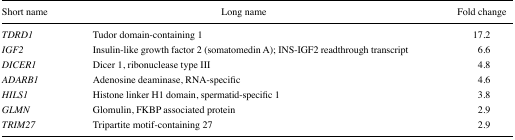
<table><thead><tr><td><b>Short name</b></td><td><b>Long name</b></td><td><b>Fold change</b></td></tr></thead><tbody><tr><td><i>TDRD1</i></td><td>Tudor domain-containing 1</td><td>17.2</td></tr><tr><td><i>IGF2</i></td><td>Insulin-like growth factor 2 (somatomedin A); INS-IGF2 readthrough transcript</td><td>6.6</td></tr><tr><td><i>DICER1</i></td><td>Dicer 1, ribonuclease type III</td><td>4.8</td></tr><tr><td><i>ADARB1</i></td><td>Adenosine deaminase, RNA-specific</td><td>4.6</td></tr><tr><td><i>HILS1</i></td><td>Histone linker H1 domain, spermatid-specific 1</td><td>3.8</td></tr><tr><td><i>GLMN</i></td><td>Glomulin, FKBP associated protein</td><td>2.9</td></tr><tr><td><i>TRIM27</i></td><td>Tripartite motif-containing 27</td><td>2.9</td></tr></tbody></table>